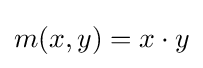
m(x,y)=x\cdot y